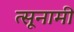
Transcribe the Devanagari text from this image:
त्सूनामी